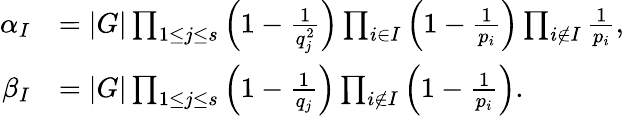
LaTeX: \begin{array}{rl}{\alpha_{I}}&{=|G|\prod_{1\leq j\leq s}\left(1-\frac{1}{q_{j}^{2}}\right)\prod_{i\in I}\left(1-\frac{1}{p_{i}}\right)\prod_{i\notin I}\frac{1}{p_{i}},}\\ {\beta_{I}}&{=|G|\prod_{1\leq j\leq s}\left(1-\frac{1}{q_{j}}\right)\prod_{i\notin I}\left(1-\frac{1}{p_{i}}\right).}\end{array}